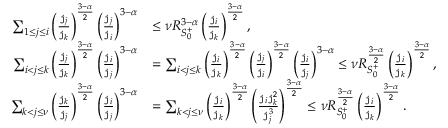
\begin{array} { r l } { \sum _ { 1 \le j \le i } \left( \frac { \mathtt { j } _ { j } } { \mathtt { j } _ { k } } \right) ^ { \frac { 3 - \alpha } { 2 } } \left( \frac { \mathtt { j } _ { j } } { \mathtt { j } _ { i } } \right) ^ { 3 - \alpha } } & { \le \nu R _ { S _ { 0 } ^ { + } } ^ { 3 - \alpha } \left( \frac { \mathtt { j } _ { i } } { \mathtt { j } _ { k } } \right) ^ { \frac { 3 - \alpha } 2 } , } \\ { \sum _ { i < j \le k } \left( \frac { \mathtt { j } _ { j } } { \mathtt { j } _ { k } } \right) ^ { \frac { 3 - \alpha } { 2 } } \left( \frac { \mathtt { j } _ { i } } { \mathtt { j } _ { j } } \right) ^ { 3 - \alpha } } & { = \sum _ { i < j \le k } \left( \frac { \mathtt { j } _ { i } } { \mathtt { j } _ { k } } \right) ^ { \frac { 3 - \alpha } { 2 } } \left( \frac { \mathtt { j } _ { j } } { \mathtt { j } _ { i } } \right) ^ { \frac { 3 - \alpha } 2 } \left( \frac { \mathtt { j } _ { i } } { \mathtt { j } _ { j } } \right) ^ { 3 - \alpha } \le \nu R _ { S _ { 0 } ^ { + } } ^ { \frac { 3 - \alpha } 2 } \left( \frac { \mathtt { j } _ { i } } { \mathtt { j } _ { k } } \right) ^ { \frac { 3 - \alpha } 2 } , } \\ { \sum _ { k < j \le \nu } \left( \frac { \mathtt { j } _ { k } } { \mathtt { j } _ { j } } \right) ^ { \frac { 3 - \alpha } { 2 } } \left( \frac { \mathtt { j } _ { i } } { \mathtt { j } _ { j } } \right) ^ { 3 - \alpha } } & { = \sum _ { k < j \le \nu } \left( \frac { \mathtt { j } _ { i } } { \mathtt { j } _ { k } } \right) ^ { \frac { 3 - \alpha } 2 } \left( \frac { \mathtt { j } _ { i } \mathtt { j } _ { k } ^ { 2 } } { \mathtt { j } _ { j } ^ { 3 } } \right) ^ { \frac { 3 - \alpha } 2 } \le \nu R _ { S _ { 0 } ^ { + } } ^ { \frac { 3 - \alpha } 2 } \left( \frac { \mathtt { j } _ { i } } { \mathtt { j } _ { k } } \right) ^ { \frac { 3 - \alpha } 2 } . } \end{array}